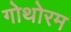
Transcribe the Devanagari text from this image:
गोथोरम